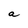
Character: a